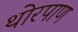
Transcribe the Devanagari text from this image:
थोरपाण